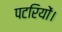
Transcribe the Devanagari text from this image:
पटरियों।